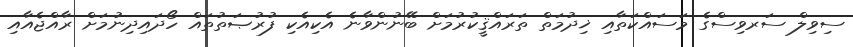
ސިވިލް ސަރވިސްގެ މަސައްކަތާއި ޚިދުމަތް ތަރައްޤީކުރުމަށް ބޭނުންވާނެ އެކިއެކި ފުރުޞަތުތައް ހޯދައިދިނުމަށް ރާއްޖެއާއި